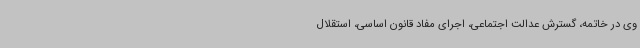
وی در خاتمه، گسترش عدالت اجتماعی، اجرای مفاد قانون اساسی، استقلال